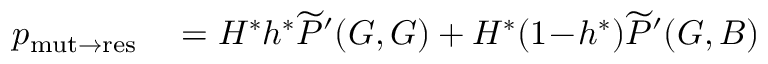
\begin{array} { r l } { p _ { \mathrm { m u t \to r e s } } } & { { } = H ^ { \ast } h ^ { \ast } \widetilde { P } ^ { \prime } ( G , G ) + H ^ { \ast } ( 1 \! - \! h ^ { \ast } ) \widetilde { P } ^ { \prime } ( G , B ) } \end{array}